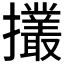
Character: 𢹸